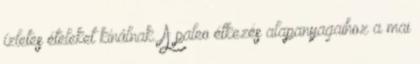
ízletes ételeket kínálnak. A paleo étkezés alapanyagaihoz a mai